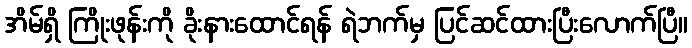
အိမ်ရှိ ကြိုးဖုန်းကို ခိုးနားထောင်ရန် ရဲဘက်မှ ပြင်ဆင်ထားပြီးလောက်ပြီ။